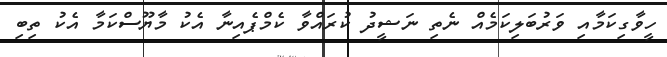
ހީވާގިކަމާއި ވަރުބަލިކަމެއް ނެތި ނަޝީދު ކުރައްވާ ކެމްޕެއިނާ އެކު މާޔޫސްކަމާ އެކު ތިބި